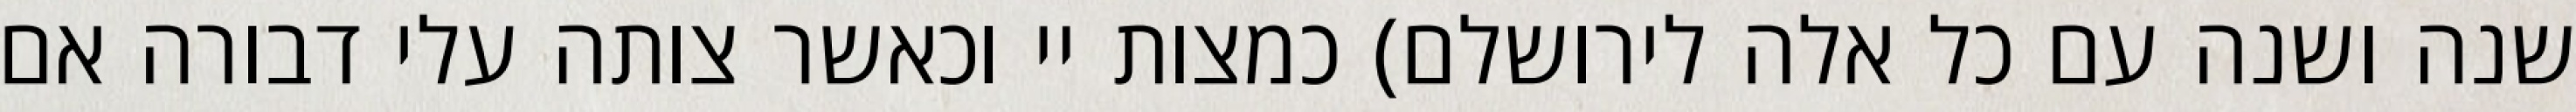
שנה ושנה עם כל אלה לירושלם) כמצות יי וכאשר צותה עלי דבורה אם